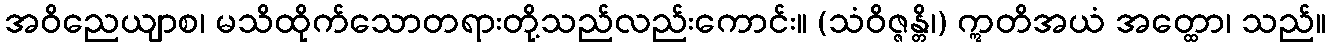
အဝိညေယျာစ၊ မသိထိုက်သောတရားတို့သည်လည်းကောင်း။ (သံဝိဇ္ဇန္တိ၊) ဣတိအယံ အတ္ထော၊ သည်။